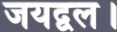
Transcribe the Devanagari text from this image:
जयद्वल।